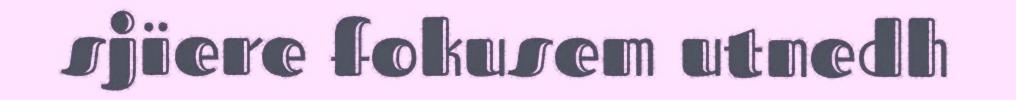
sjïere fokusem utnedh